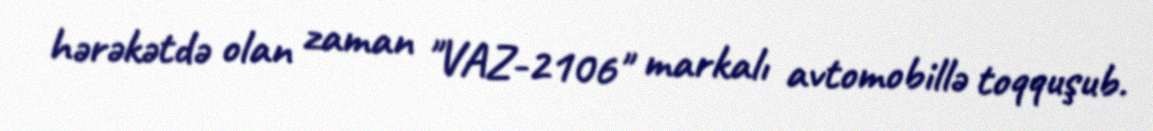
hərəkətdə olan zaman "VAZ-2106" markalı avtomobillə toqquşub.